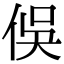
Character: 俁